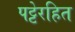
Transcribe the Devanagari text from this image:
पट्टेरहित